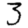
Digit: 3